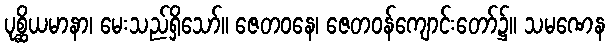
ပုစ္ဆိယမာနာ၊ မေးသည်ရှိသော်။ ဇေတဝနေ၊ ဇေတဝန်ကျောင်းတော်၌။ သမဏေန